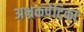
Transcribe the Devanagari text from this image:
अभ्रकपेटिका